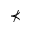
\nprec